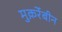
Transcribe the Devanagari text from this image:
मुक़र्रेबीन